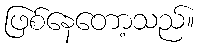
ဖြစ်နေတော့သည်။